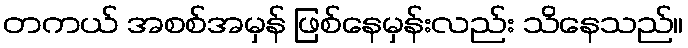
တကယ် အစစ်အမှန် ဖြစ်နေမှန်းလည်း သိနေသည်။